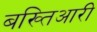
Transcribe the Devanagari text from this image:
बख्तिआरी